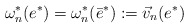
\begin{align*}\omega^*_n(e^*) = \omega^*_n(\bar e^*) := \vec v_n(e^*)\end{align*}